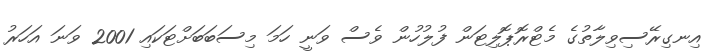
އިނގިރޭސިވިލާތުގެ މެޓްރޮޕޮލިޓަން ފުލުހުން ވެސް ވަނީ ހަމަ މިސަބަބަށްޓަކައި 2001 ވަނަ އަހަރު